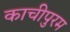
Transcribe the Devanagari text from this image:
काचीपुरम